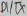
Text: D1/TX